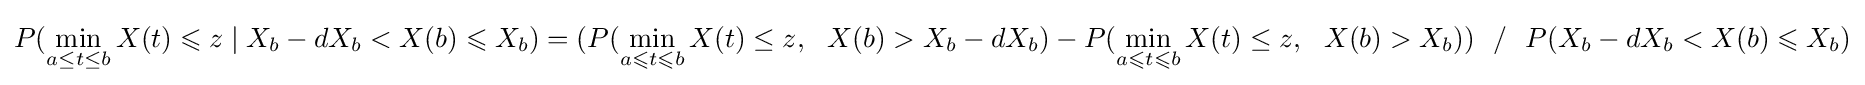
P(\min _{a\leq t\leq b}X(t)\leqslant z\mid X_{b}-dX_{b}<X(b)\leqslant X_{b})=(P(\min _{a\leqslant t\leqslant b}X(t)\leq z,\ \ X(b)>X_{b}-dX_{b})-P(\min _{a\leqslant t\leqslant b}X(t)\leq z,\ \ X(b)>X_{b}))\ \ /\ \ P(X_{b}-dX_{b}<X(b)\leqslant X_{b})